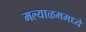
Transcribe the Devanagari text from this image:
मल्याळममध्ये